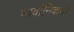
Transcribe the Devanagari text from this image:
नावीनिकर्नों